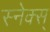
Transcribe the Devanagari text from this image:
स्नेक्स्